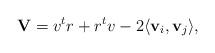
LaTeX: \begin{align*}\mathbf V=v^t r+r^t v-2\langle \mathbf v_i, \mathbf v_j\rangle,\end{align*}